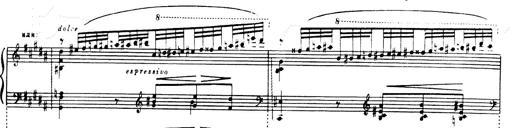
Title: Andante Finale und Marsch aus der Oper KÃ¶nig Alfred
Composer: Franz Liszt